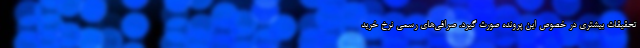
تحقیقات بیشتری در خصوص این پرونده صورت گیرد. صرافی‌های رسمی نرخ خرید